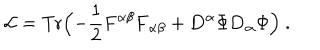
{ \cal L } = \mathrm { T r } \Bigl ( - { \frac { 1 } { 2 } } { \bf F } ^ { \alpha \beta } { \bf F } _ { \alpha \beta } + { \bf D } ^ { \alpha } \Phi { \bf D } _ { \alpha } \Phi \Bigr ) \ .